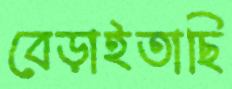
বেড়াইতাছি